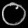
Digit: ၀